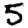
Digit: 5